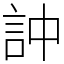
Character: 訲